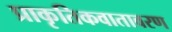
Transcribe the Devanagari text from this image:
प्राकृतिकवातावरण